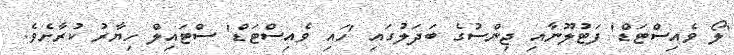
'ލޯ ވެއިސްޓަޑް' ފަޓުލޫނާއި ޖިންސުގެ ބަދަލުގައި 'ހައި ވެއިސްޓަޑް' ސްޓައިލް ހިޔާރު ކުރާށެވެ.